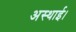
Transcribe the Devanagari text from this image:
अस्थाई।